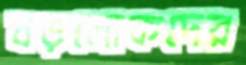
বড়লোকদের